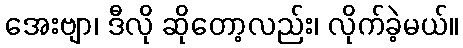
အေးဗျာ၊ ဒီလို ဆိုတော့လည်း၊ လိုက်ခဲ့မယ်။